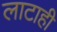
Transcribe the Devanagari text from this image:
लाटाही